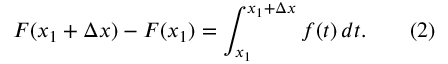
F ( x _ { 1 } + \Delta x ) - F ( x _ { 1 } ) = \int _ { x _ { 1 } } ^ { x _ { 1 } + \Delta x } f ( t ) \, d t . \qquad ( 2 )